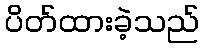
ပိတ်ထားခဲ့သည်